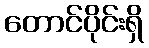
တောင်ပိုင်းရှိ